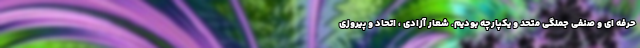
حرفه ای و صنفی جملگی متحد و یکپارچه بودیم. شعار آزادی ، اتحاد و پیروزی